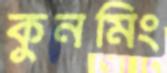
কুনমিং